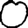
Digit: 0